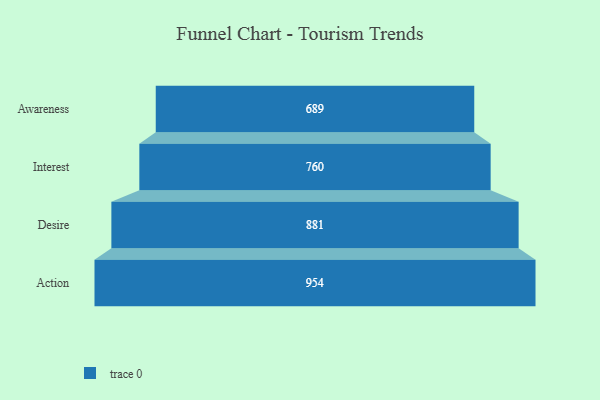
{"axis": {"x": "Stage", "y": "Value"}, "legend": [""], "data": [{"x": "Awareness", "y": 689.0, "type": ""}, {"x": "Interest", "y": 760.0, "type": ""}, {"x": "Desire", "y": 881.0, "type": ""}, {"x": "Action", "y": 954.0, "type": ""}]}